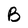
Character: B